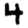
Digit: 4